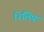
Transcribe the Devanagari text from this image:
रिलिफ